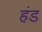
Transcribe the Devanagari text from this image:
हंड